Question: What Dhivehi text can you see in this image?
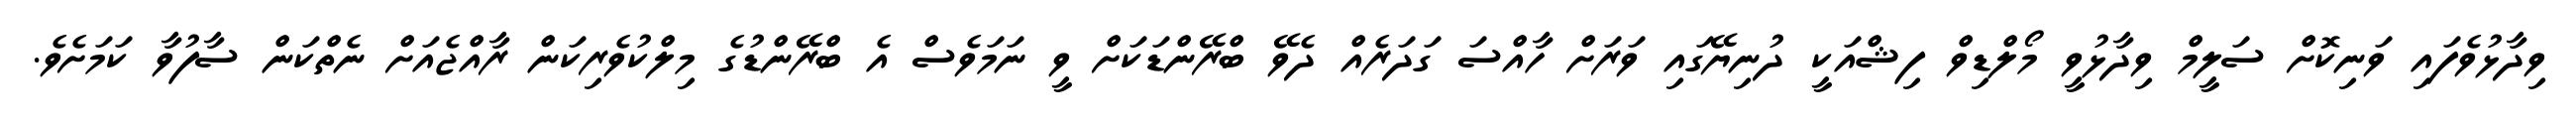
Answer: ވިދާޅުވެފައި ވަނިކޮށް ސަލީމް ވިދާޅުވީ މޯލްޑިވް ފިޝްއަކީ ދުނިޔޭގައި ވަރަށް ހާއްސަ ގަދަރެއް ދެވޭ ބްރޭންޑަކަށް ވީ ނަމަވެސް އެ ބްރޭންޑުގެ މިލްކުވެރިކަން ރާއްޖެއަށް ނެތްކަން ސާފުވާ ކަމަށެވެ.